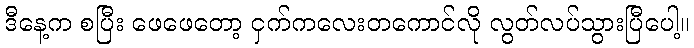
ဒီနေ့က စပြီး ဖေဖေတော့ ငှက်ကလေးတကောင်လို လွတ်လပ်သွားပြီပေါ့။